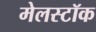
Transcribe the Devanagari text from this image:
मेलस्टॉक